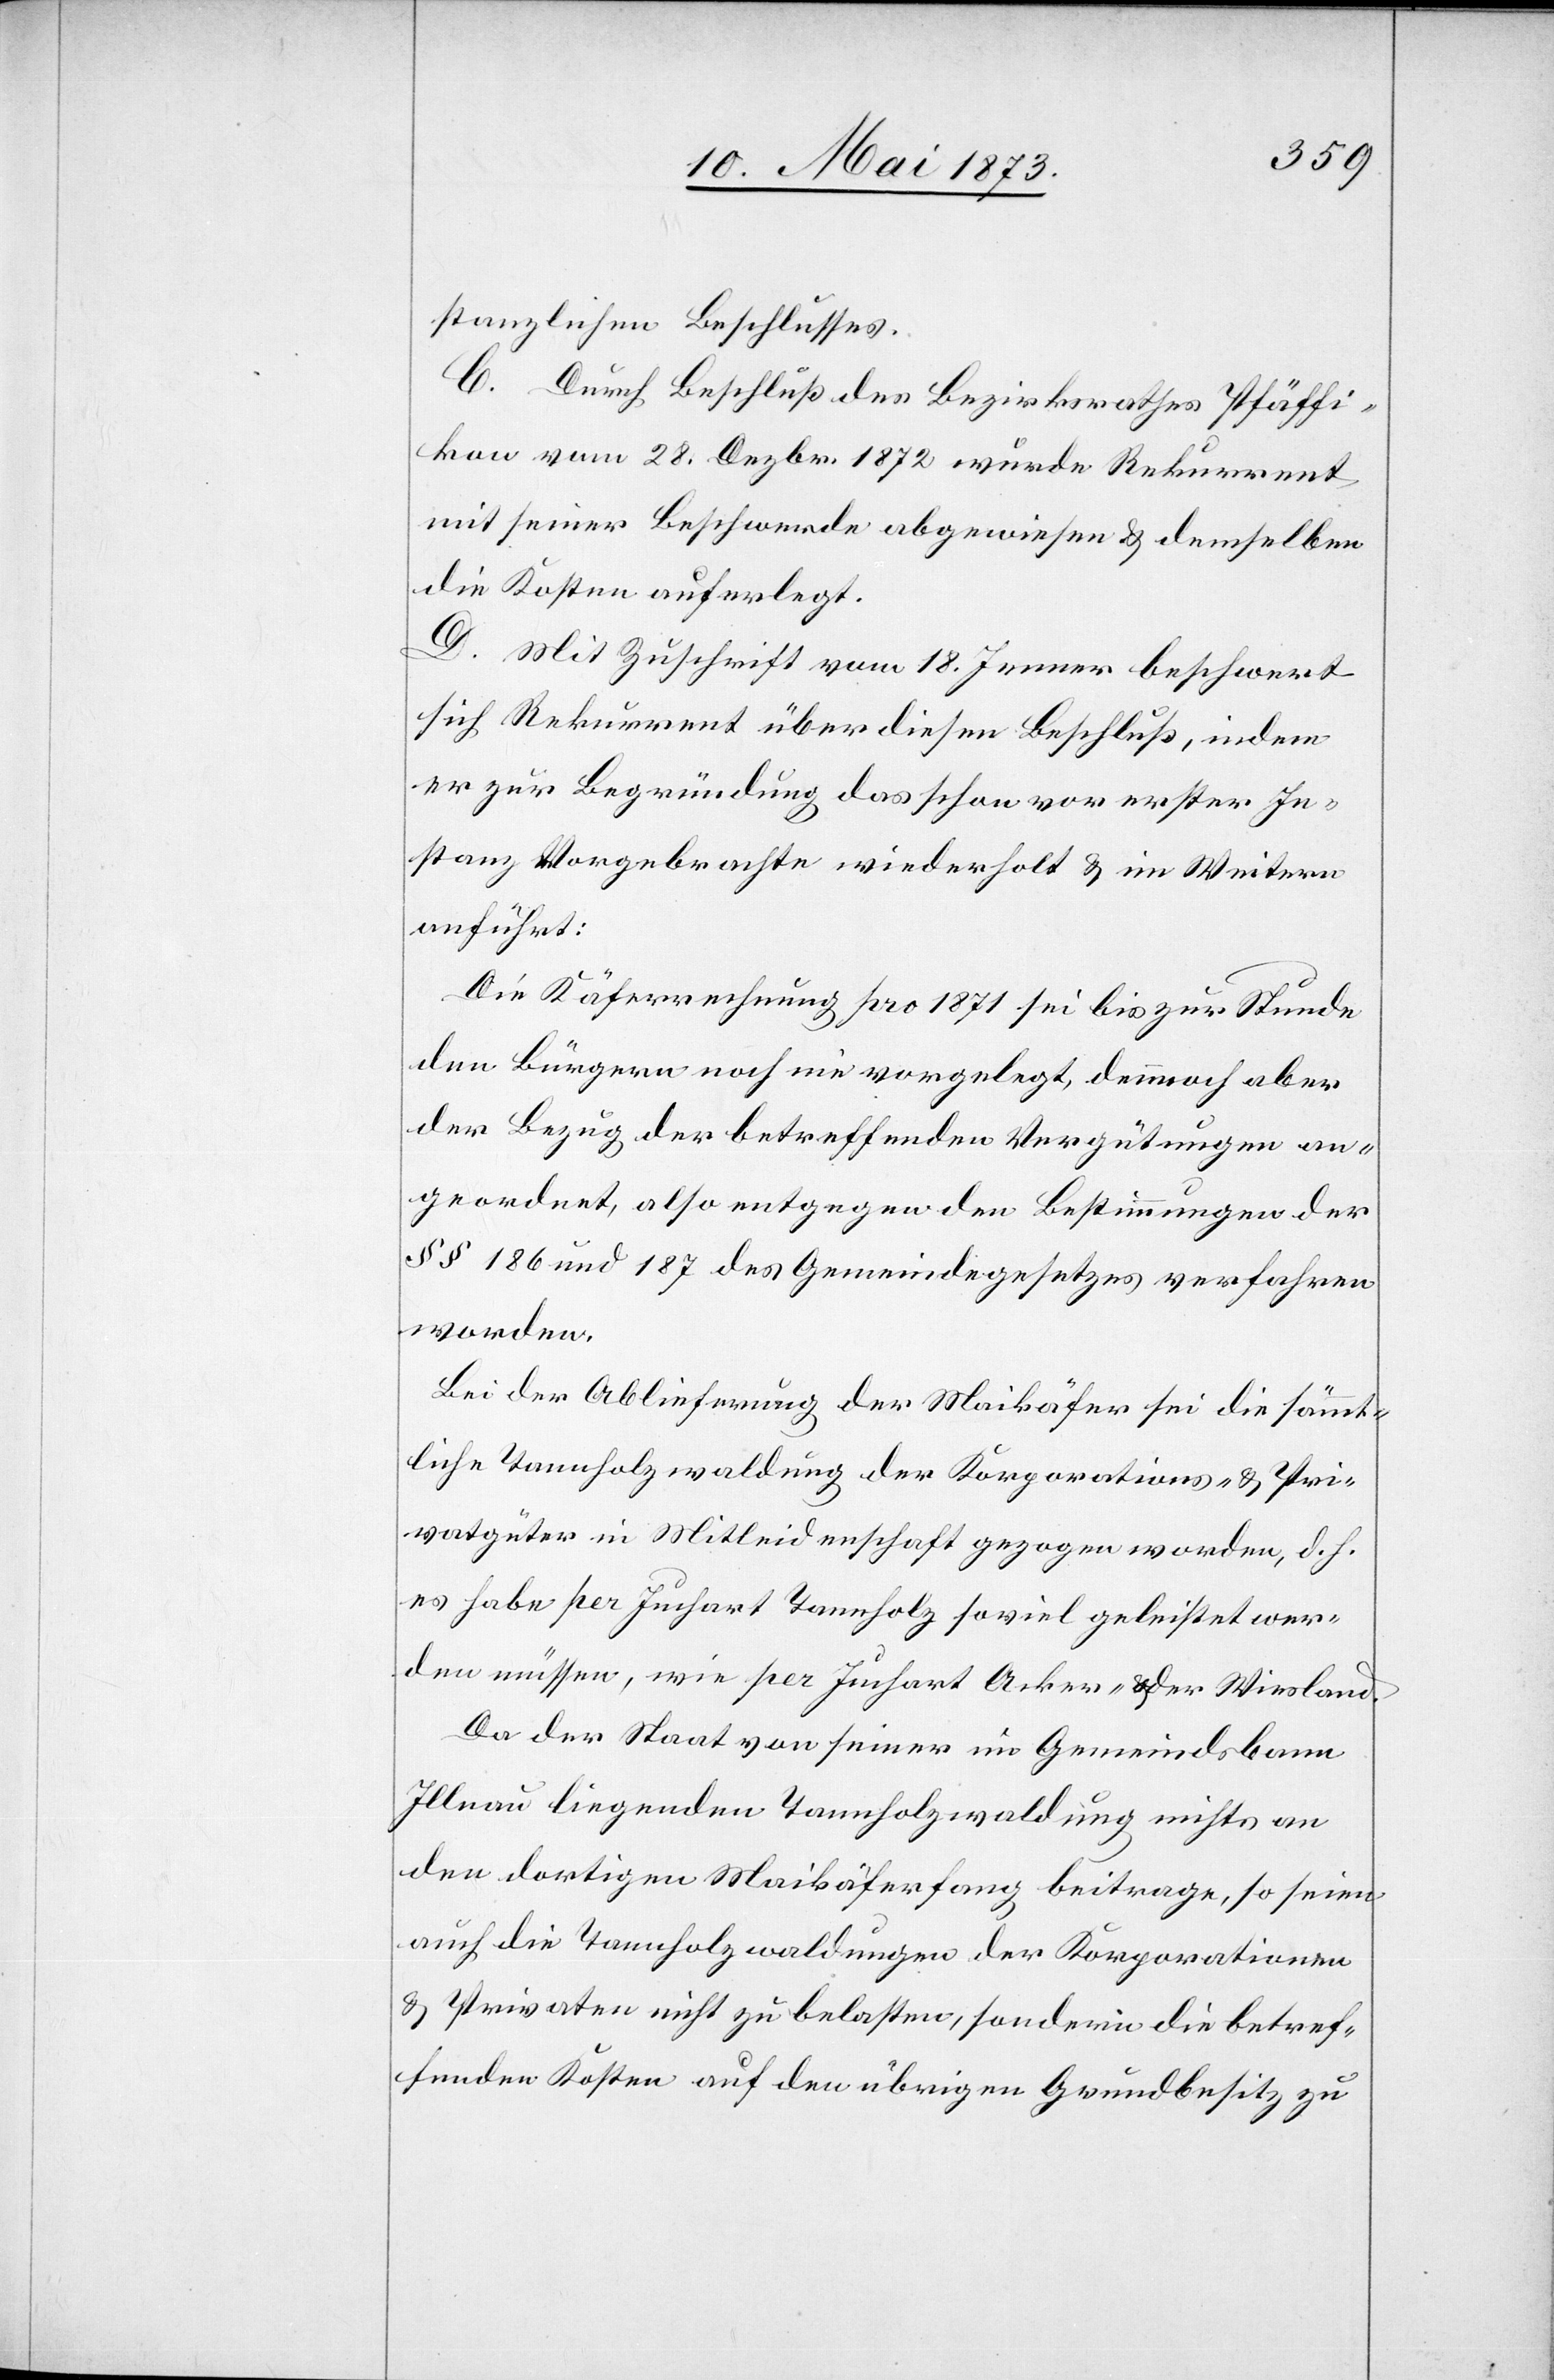
stanzlichen Beschlusses.
C. Durch Beschluß des Bezirksrathes Pfäffi¬
kon vom 28. Dezbr. 1872 wurde Rekurrent
mit seiner Beschwerde abgewiesen & demselben
die Kosten auferlegt.
D. Mit Zuschrift vom 18. Jenner beschwert
sich Rekurrent über diesen Beschluß, indem
er zur Begründung das schon vor erster In¬
stanz Vorgebrachte wiederholt & im Weitern
anführt:
Die Käferrechnung pro 1871 sei bis zur Stunde
den Bürgern noch nie vorgelegt, dennoch aber
der Bezug der betreffenden Vergütungen an¬
geordnet, also entgegen den Bestimmungen der
§ § 186 und 187 des Gemeindegesetzes verfahren
worden.
Bei der Ablieferung der Maikäfer sei die sämmt¬
liche Tannholzwaldung der Korporations- & Pri¬
vatgüter in Mitleidenschaft gezogen worden, d. h.
es habe per Juchart Tannholz soviel geleistet wer¬
den müssen, wie per Juchart Acker- oder Wiesland.
Da der Staat von seiner im Gemeindsbann
Illnau liegenden Tannholzwaldung nichts an
den dortigen Maikäferfang beitrage, so seien
auch die Tannholzwaldungen der Korporationen
& Privaten nicht zu belasten, sondern die betref¬
fenden Kosten auf den übrigen Grundbesitz zu